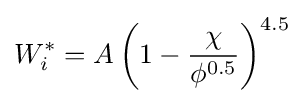
W_{i}^{*}=A\left(1-{\frac {\chi }{\phi ^{0.5}}}\right)^{4.5}